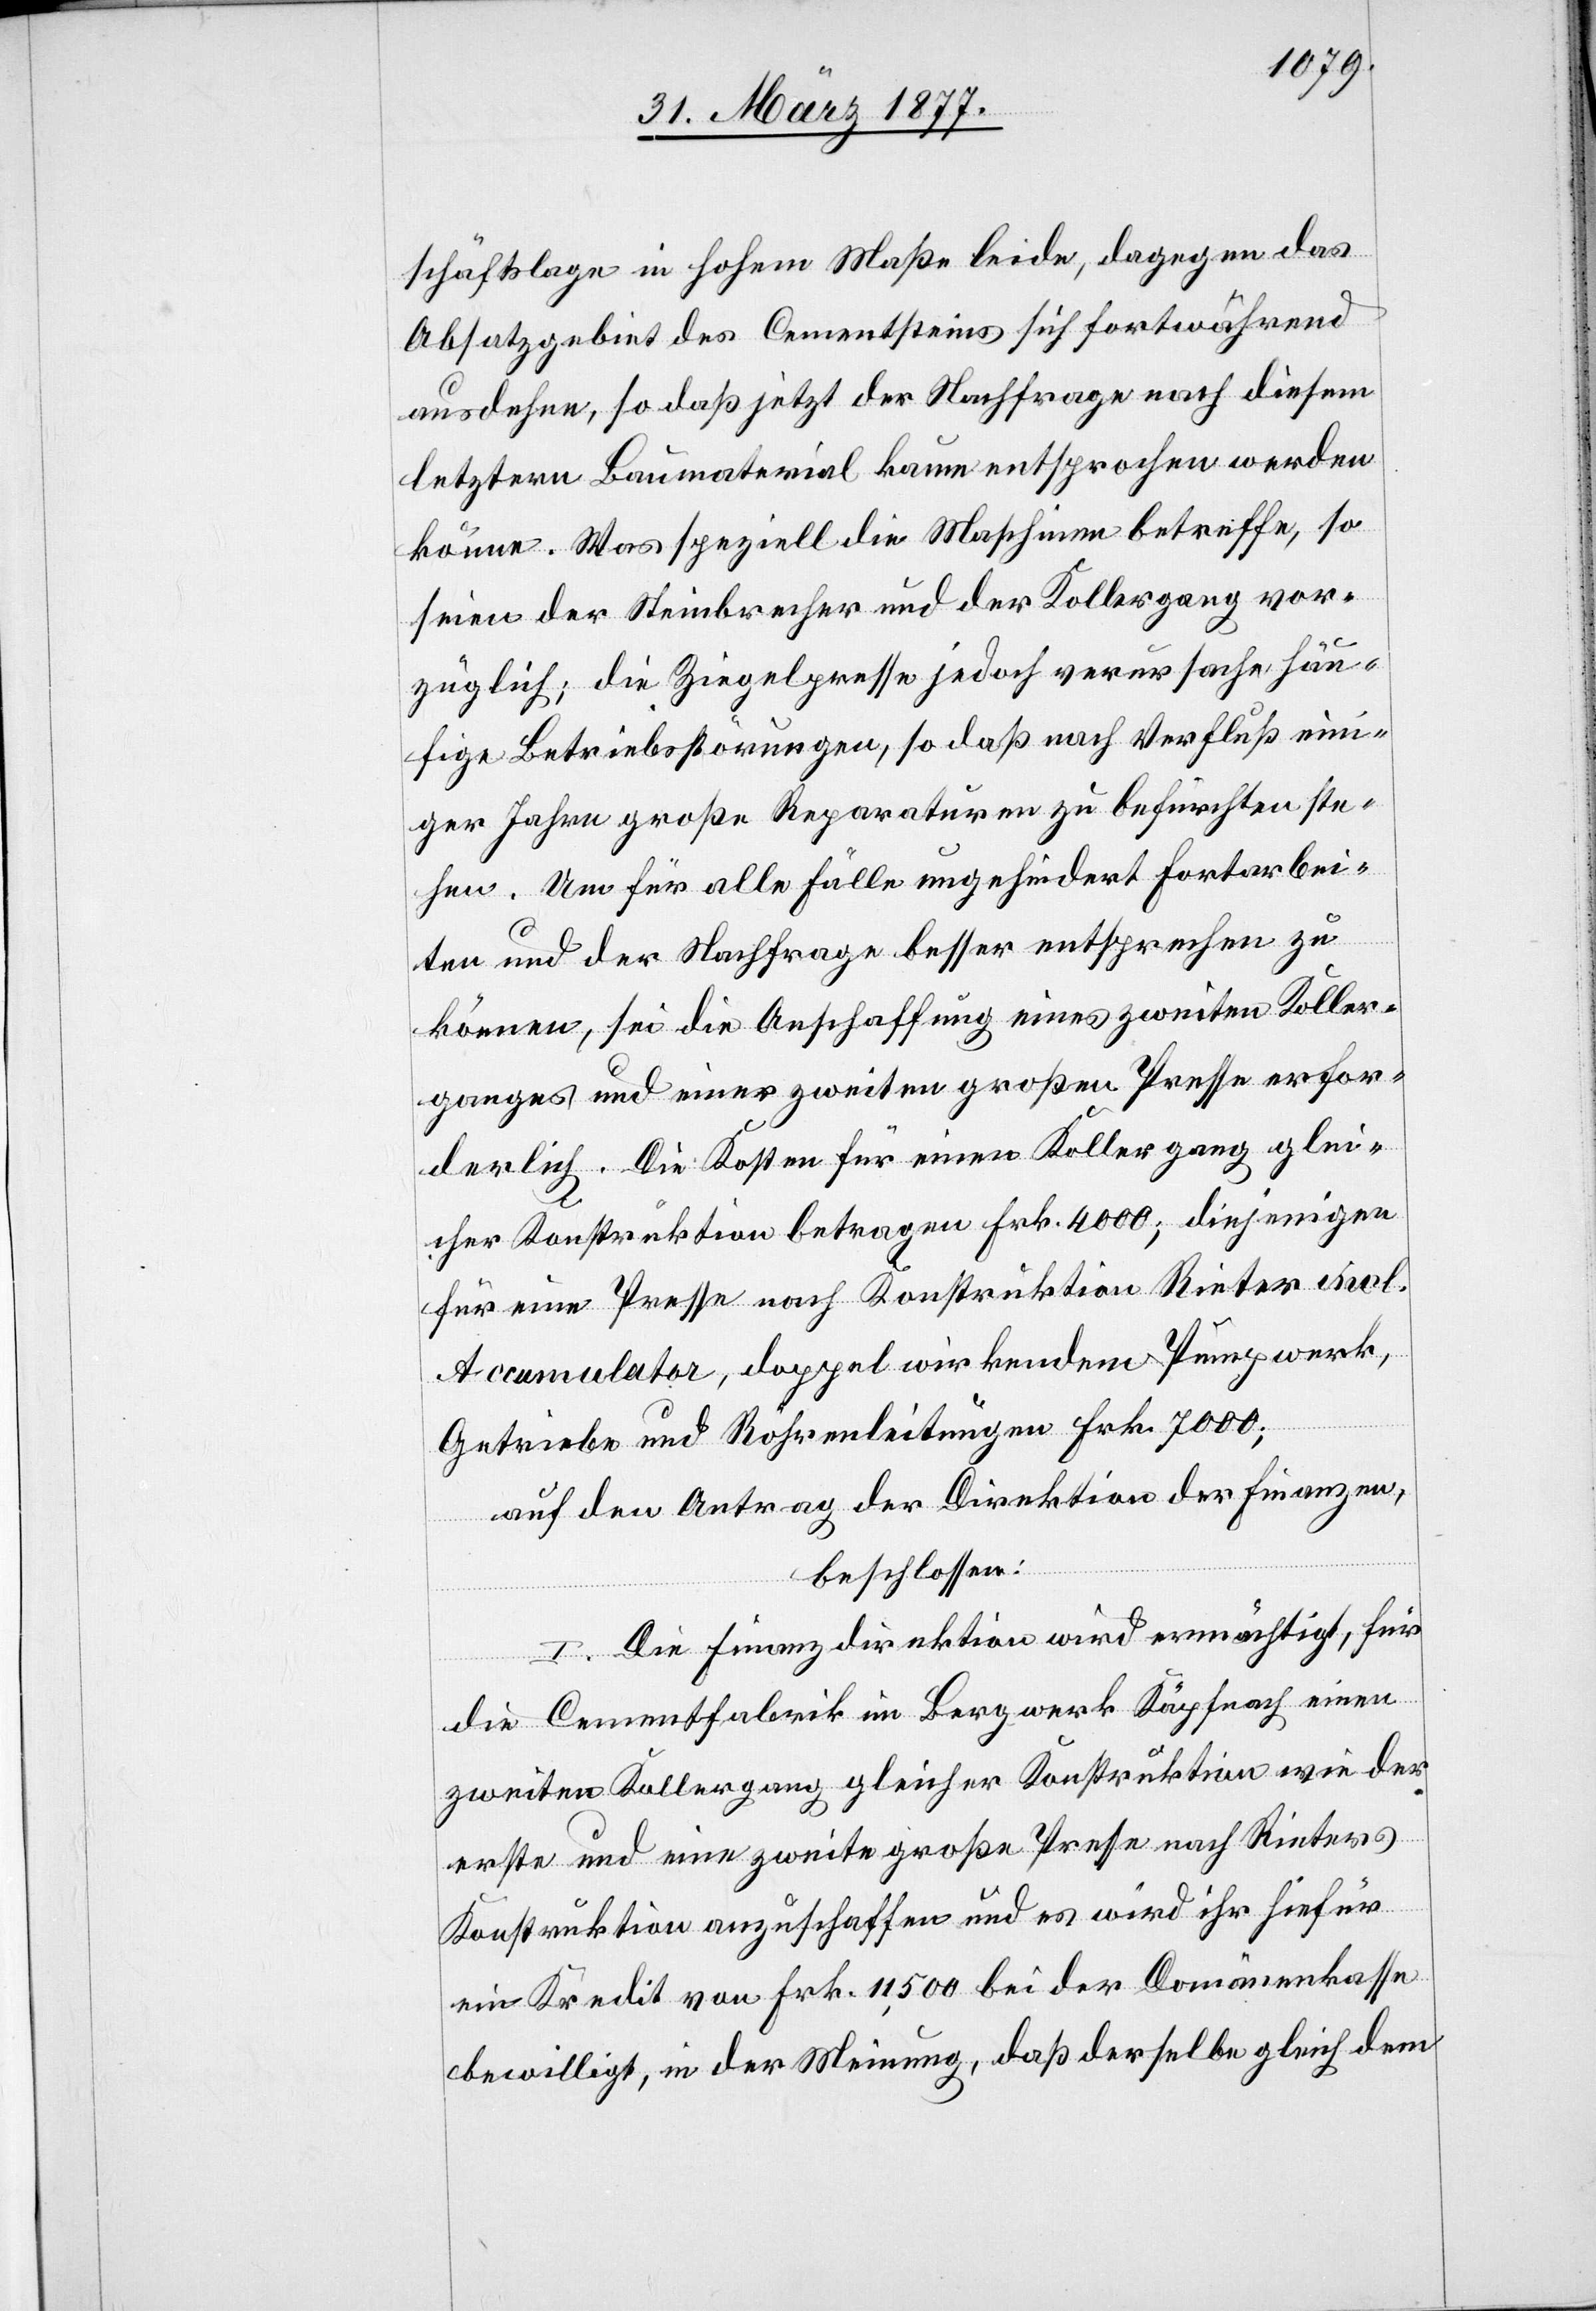
schäftslage in hohem Maße leide, dagegen das
Absatzgebiet des Cementsteins sich fortwährend
ausdehne, so daß jetzt der Nachfrage nach diesem
letztern Baumaterial kaum entsprochen werden
könne. Was speziell die Maschinen betreffe, so
seien der Steinbrecher und der Kollergang vor¬
züglich; die Ziegelpresse jedoch verursache häu¬
fige Betriebsstörungen, so daß nach Verfluß eini¬
ger Jahre große Reparaturen zu befürchten ste¬
hen. Um für alle Fälle ungehindert fortarbei¬
ten und der Nachfrage besser entsprechen zu
können, sei die Anschaffung eines zweiten Koller¬
ganges und einer zweiten großen Presse erfor¬
derlich. Die Kosten für einen Kollergang glei¬
cher Konstruktion betragen Frk. 4000; diejenigen
für eine Presse nach Konstruktion Rieter incl.
Accumulator, doppelwirkendem Pumpwerk,
Getriebe und Röhrenleitungen Frk. 7000;
auf den Antrag der Direktion der Finanzen,
beschlossen:
I. Die Finanzdirektion wird ermächtigt, für
die Cementfabrik im Bergwerk Käpfnach einen
zweiten Kollergang gleicher Konstruktion wie der
erste und eine zweite große Presse nach Rieters
Konstruktion anzuschaffen und es wird ihr hiefür
ein Kredit von Frk. 11,500 bei der Domänenkasse
bewilligt, in der Meinung, daß derselbe gleich dem